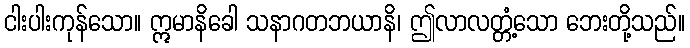
ငါးပါးကုန်သော။ ဣမာနိခေါ သနာဂတဘယာနိ၊ ဤလာလတ္တံ့သော ဘေးတို့သည်။